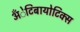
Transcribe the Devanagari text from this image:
अँेटिबायोटिक्स